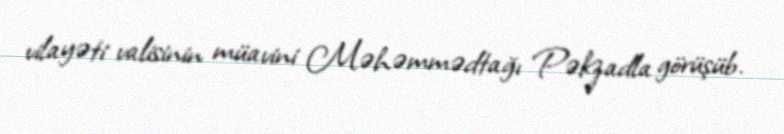
vilayəti valisinin müavini Məhəmmədtağı Pəkzadla görüşüb.